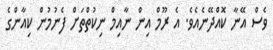
ވެސް އޭނާ ކޮއްދޭނެއެވެ. އެ ރޫމް އިން ނާއިމް ނިކުތްތަށް ފެނުމުން ކިއާންގެ